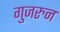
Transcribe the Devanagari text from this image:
गुजरुन